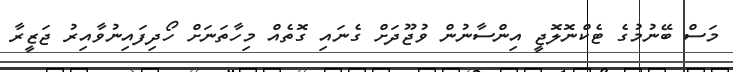
މަސް ބޭނުމުގެ ޓެކްނޮލޮޖީ އިންސާނުން ވުޖޫދަށް ގެނައި ގޮތެއް މިހާތަނަށް ހޯދިފައިނުވާއިރު ޖަޒީރާ